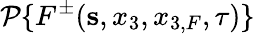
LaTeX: {\cal P}\{ F^{\pm}({\mathbf s},x_{3},x_{3,F},\tau)\}